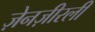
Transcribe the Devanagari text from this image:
ज़ेनज़ीरली